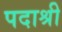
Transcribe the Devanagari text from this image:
पदाश्री